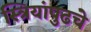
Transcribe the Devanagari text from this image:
स्त्रियांपुढचे